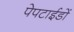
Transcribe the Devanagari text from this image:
पेपटाईडों